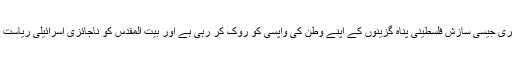
امریکہ اور صہیونیوں کی ڈیل آف سنچری جیسی سازش فلسطینی پناہ گزینوں کے اپنے وطن کی واپسی کو روک کر رہی ہے اور بیت المقدس کو ناجائزی اسرائیلی ریاست کے دارالخلافہ کے طور مانا جائے گا۔